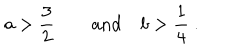
{ { a } } > { \frac { 3 } { 2 } } \qquad \mathrm { a n d } \quad { { b } } > { \frac { 1 } { 4 } } \ .